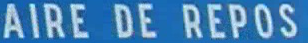
AIRE DE REPOS